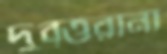
দুবৃর্ত্তরানা